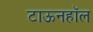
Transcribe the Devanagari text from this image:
टाऊनहॉल